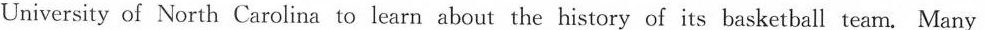
University of North Carolina to learn about the history of its basketball team.Many